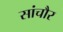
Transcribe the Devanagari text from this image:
सांचौर